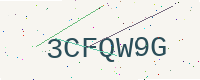
Text: 3CFQW9G